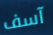
آسف